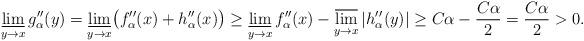
LaTeX: \begin{align*}\varliminf\limits_{y \to x} g''_{\alpha}(y) &= \varliminf\limits_{y \to x} \bigl( f''_{\alpha}(x) + h''_{\alpha}(x) \bigr) \geq \varliminf\limits_{y \to x} f''_{\alpha}(x) - \varlimsup\limits_{y \to x} |h''_{\alpha}(y)| \geq C\alpha - \frac{C\alpha}{2} = \frac{C\alpha}{2} > 0.\end{align*}